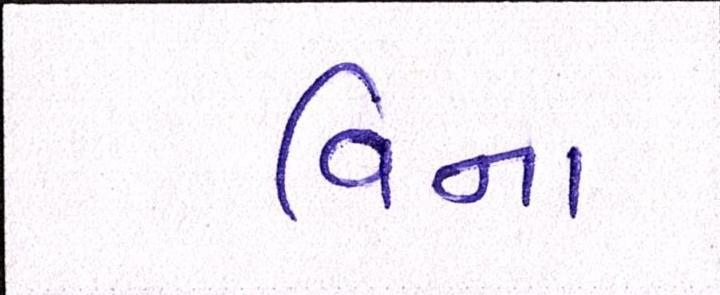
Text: વિના